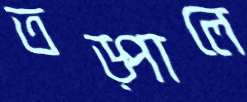
তড়্‌পালে